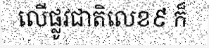
លើផ្លូវជាតិលេខ៩ ក៏